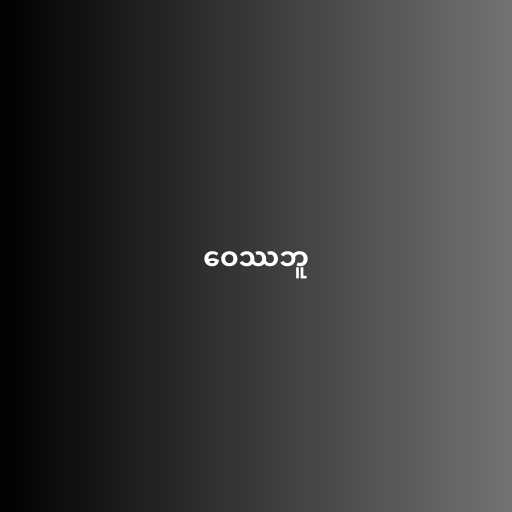
ဝေဿဘူ